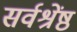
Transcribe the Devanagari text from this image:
सर्वश्रेंष्ठ